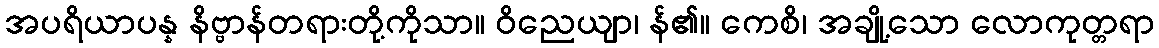
အပရိယာပန္န နိဗ္ဗာန်တရားတို့ကိုသာ။ ဝိညေယျာ၊ န်၏။ ကေစိ၊ အချို့သော လောကုတ္တရာ